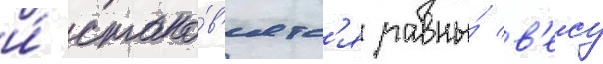
и́ стано́в'ятс'я равны́ в'есу